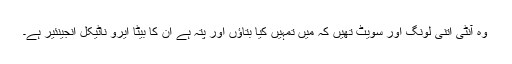
وہ آنٹی اتنی لونگ اور سویٹ تھیں کہ میں تمہیں کیا بتاؤں اور پتہ ہے ان کا بیٹا ایرو ناٹیکل انجینئیر ہے۔